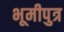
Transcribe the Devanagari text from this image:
भूमीपुत्र